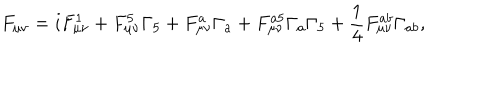
LaTeX: F _ { \mu \nu } = i F _ { \mu \nu } ^ { 1 } + F _ { \mu \nu } ^ { 5 } \Gamma _ { 5 } + F _ { \mu \nu } ^ { a } \Gamma _ { a } + F _ { \mu \nu } ^ { a 5 } \Gamma _ { a } \Gamma _ { 5 } + \frac { 1 } { 4 } F _ { \mu \nu } ^ { a b } \Gamma _ { a b } ,